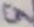
Text: 9